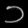
Digit: ၁